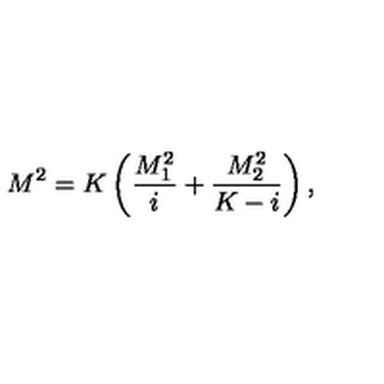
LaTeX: M ^ { 2 } = K \left( \frac { M _ { 1 } ^ { 2 } } { i } + \frac { M _ { 2 } ^ { 2 } } { K - i } \right) ,